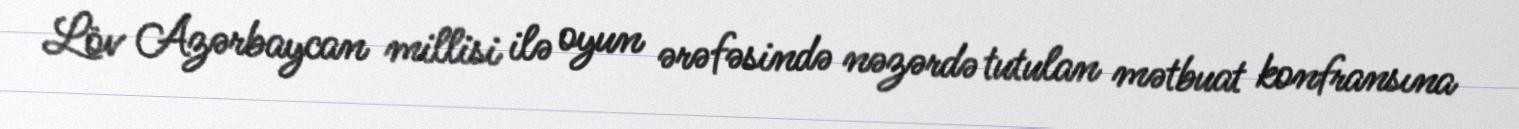
Löv Azərbaycan millisi ilə oyun ərəfəsində nəzərdə tutulan mətbuat konfransına